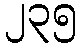
၂၃၅